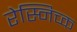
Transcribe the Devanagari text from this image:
रेस्निच्क